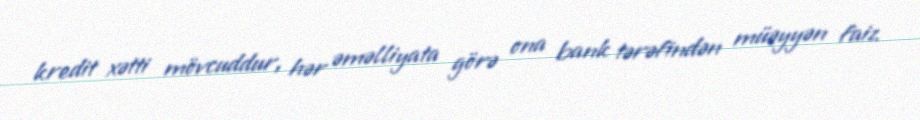
kredit xətti mövcuddur, hər əməlliyata görə ona bank tərəfindən müəyyən faiz